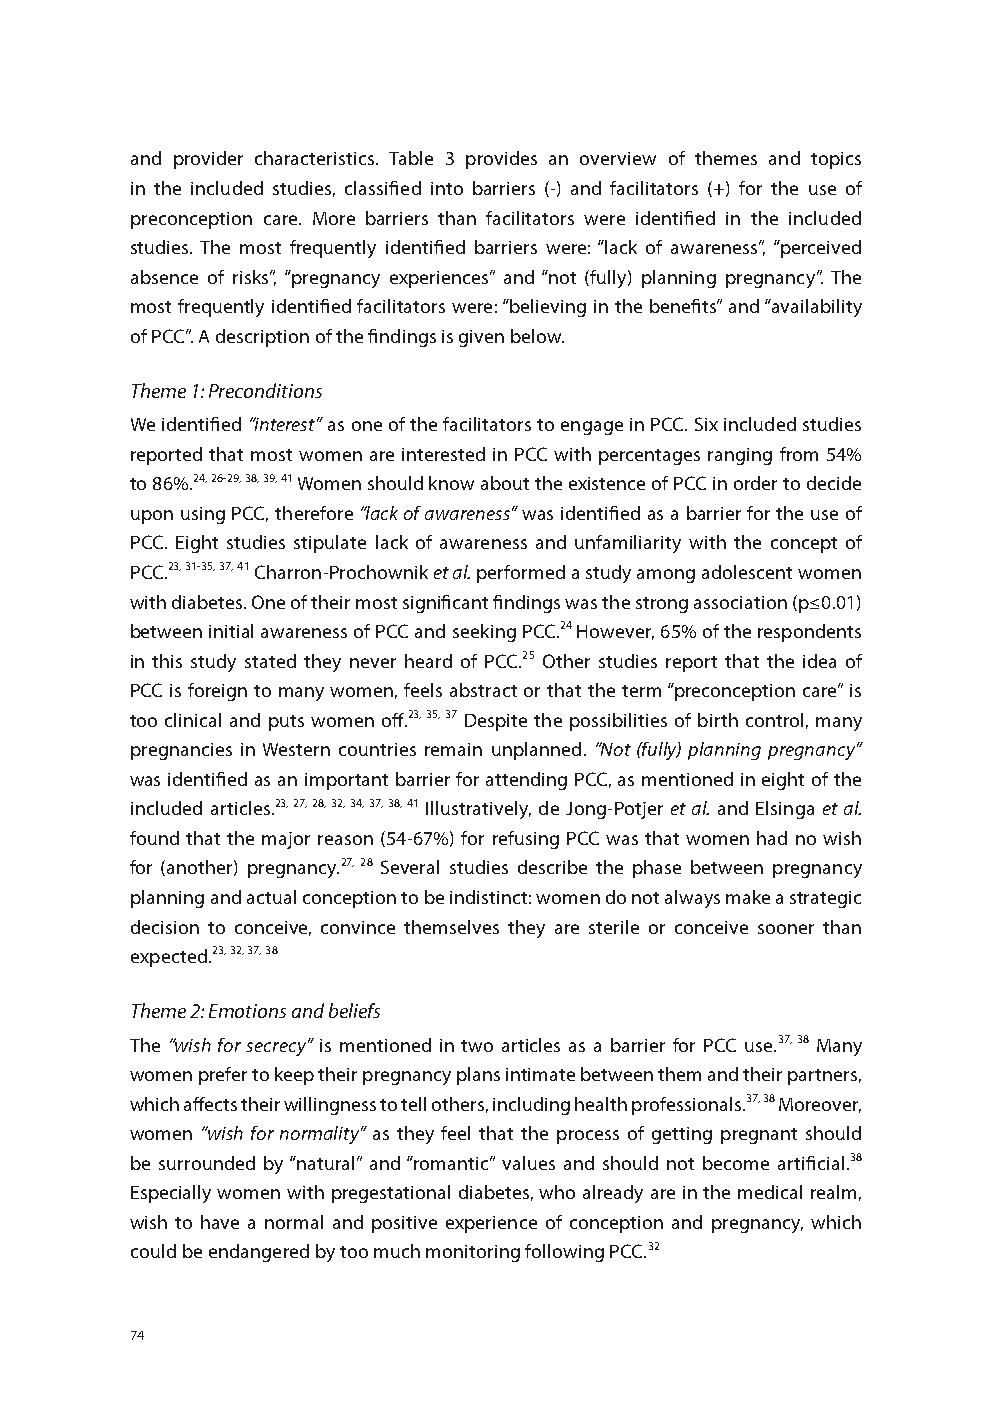
and provider characteristics. Table 3 provides an overview of themes and topics
 in the included studies, classified into barriers (-) and facilitators (+) for the use of
 preconception care. More barriers than facilitators were identified in the included
 studies. The most frequently identified barriers were: “lack of awareness”, “perceived
 absence of risks”, “pregnancy experiences” and “not (fully) planning pregnancy”. The
 most frequently identified facilitators were: “believing in the benefits” and “availability
 of PCC”. A description of the findings is given below.
 Theme 1: Preconditions
 We identified “interest” as one of the facilitators to engage in PCC. Six included studies
 reported that most women are interested in PCC with percentages ranging from 54%
 to 86%.24, 26-29, 38, 39, 41 Women should know about the existence of PCC in order to decide
 upon using PCC, therefore “lack of awareness” was identified as a barrier for the use of
 PCC. Eight studies stipulate lack of awareness and unfamiliarity with the concept of
 PCC.23, 31-35, 37, 41 Charron-Prochownik et al. performed a study among adolescent women
 with diabetes. One of their most significant findings was the strong association (p≤0.01)
 between initial awareness of PCC and seeking PCC.24 However, 65% of the respondents
 in this study stated they never heard of PCC.25 Other studies report that the idea of
 PCC is foreign to many women, feels abstract or that the term “preconception care” is
 too clinical and puts women off.23, 35, 37 Despite the possibilities of birth control, many
 pregnancies in Western countries remain unplanned. “Not (fully) planning pregnancy”
 was identified as an important barrier for attending PCC, as mentioned in eight of the
 included articles.23, 27, 28, 32, 34, 37, 38, 41 Illustratively, de Jong-Potjer et al. and Elsinga et al.
 found that the major reason (54-67%) for refusing PCC was that women had no wish
 for (another) pregnancy.27, 28 Several studies describe the phase between pregnancy
 planning and actual conception to be indistinct: women do not always make a strategic
 decision to conceive, convince themselves they are sterile or conceive sooner than
 expected.23, 32, 37, 38
 Theme 2: Emotions and beliefs
 The “wish for secrecy” is mentioned in two articles as a barrier for PCC use.37, 38 Many
 women prefer to keep their pregnancy plans intimate between them and their partners,
 which affects their willingness to tell others, including health professionals.37, 38 Moreover,
 women “wish for normality” as they feel that the process of getting pregnant should
 be surrounded by “natural” and “romantic” values and should not become artificial.38
 Especially women with pregestational diabetes, who already are in the medical realm,
 wish to have a normal and positive experience of conception and pregnancy, which
 could be endangered by too much monitoring following PCC.32
 74